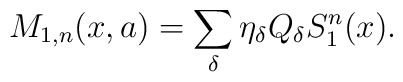
M_{1,n}(x, a) = \sum_\delta \eta_\delta Q_\delta S_1^n(x) .